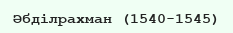
Әбділрахман (1540-1545)